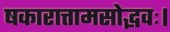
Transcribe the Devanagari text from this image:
षकारात्तामसोद्भवः।